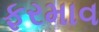
ફરમાવ